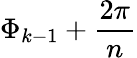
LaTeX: \Phi_{k-1}+\frac{2\pi}{n}